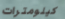
كيلومترات